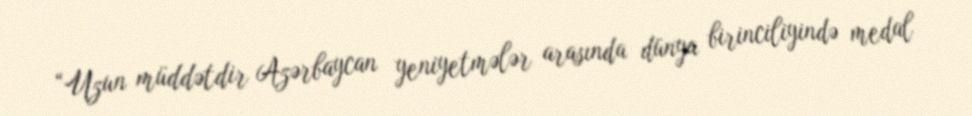
“Uzun müddətdir Azərbaycan yeniyetmələr arasında dünya birinciliyində medal